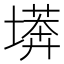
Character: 𭏫